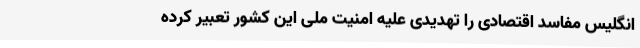
انگلیس مفاسد اقتصادی را تهدیدی علیه امنیت ملی این کشور تعبیر کرده